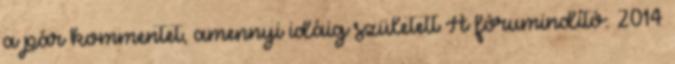
a pár kommentet, amennyi idáig született A fórumindító: 2014